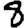
Digit: 8